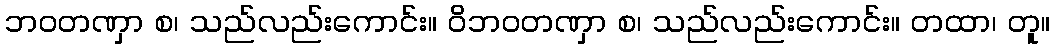
ဘဝတဏှာ စ၊ သည်လည်းကောင်း။ ဝိဘဝတဏှာ စ၊ သည်လည်းကောင်း။ တထာ၊ တူ။